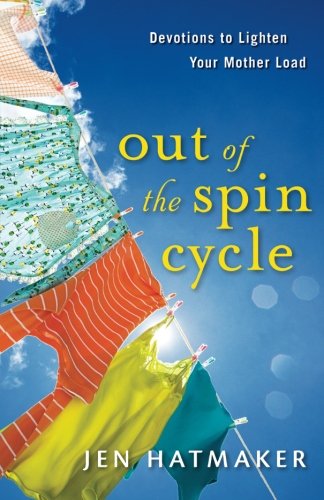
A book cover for Out of the Spin Cycle: Devotions to Lighten Your Mother Load; Jen Hatmaker; Parenting & Relationships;